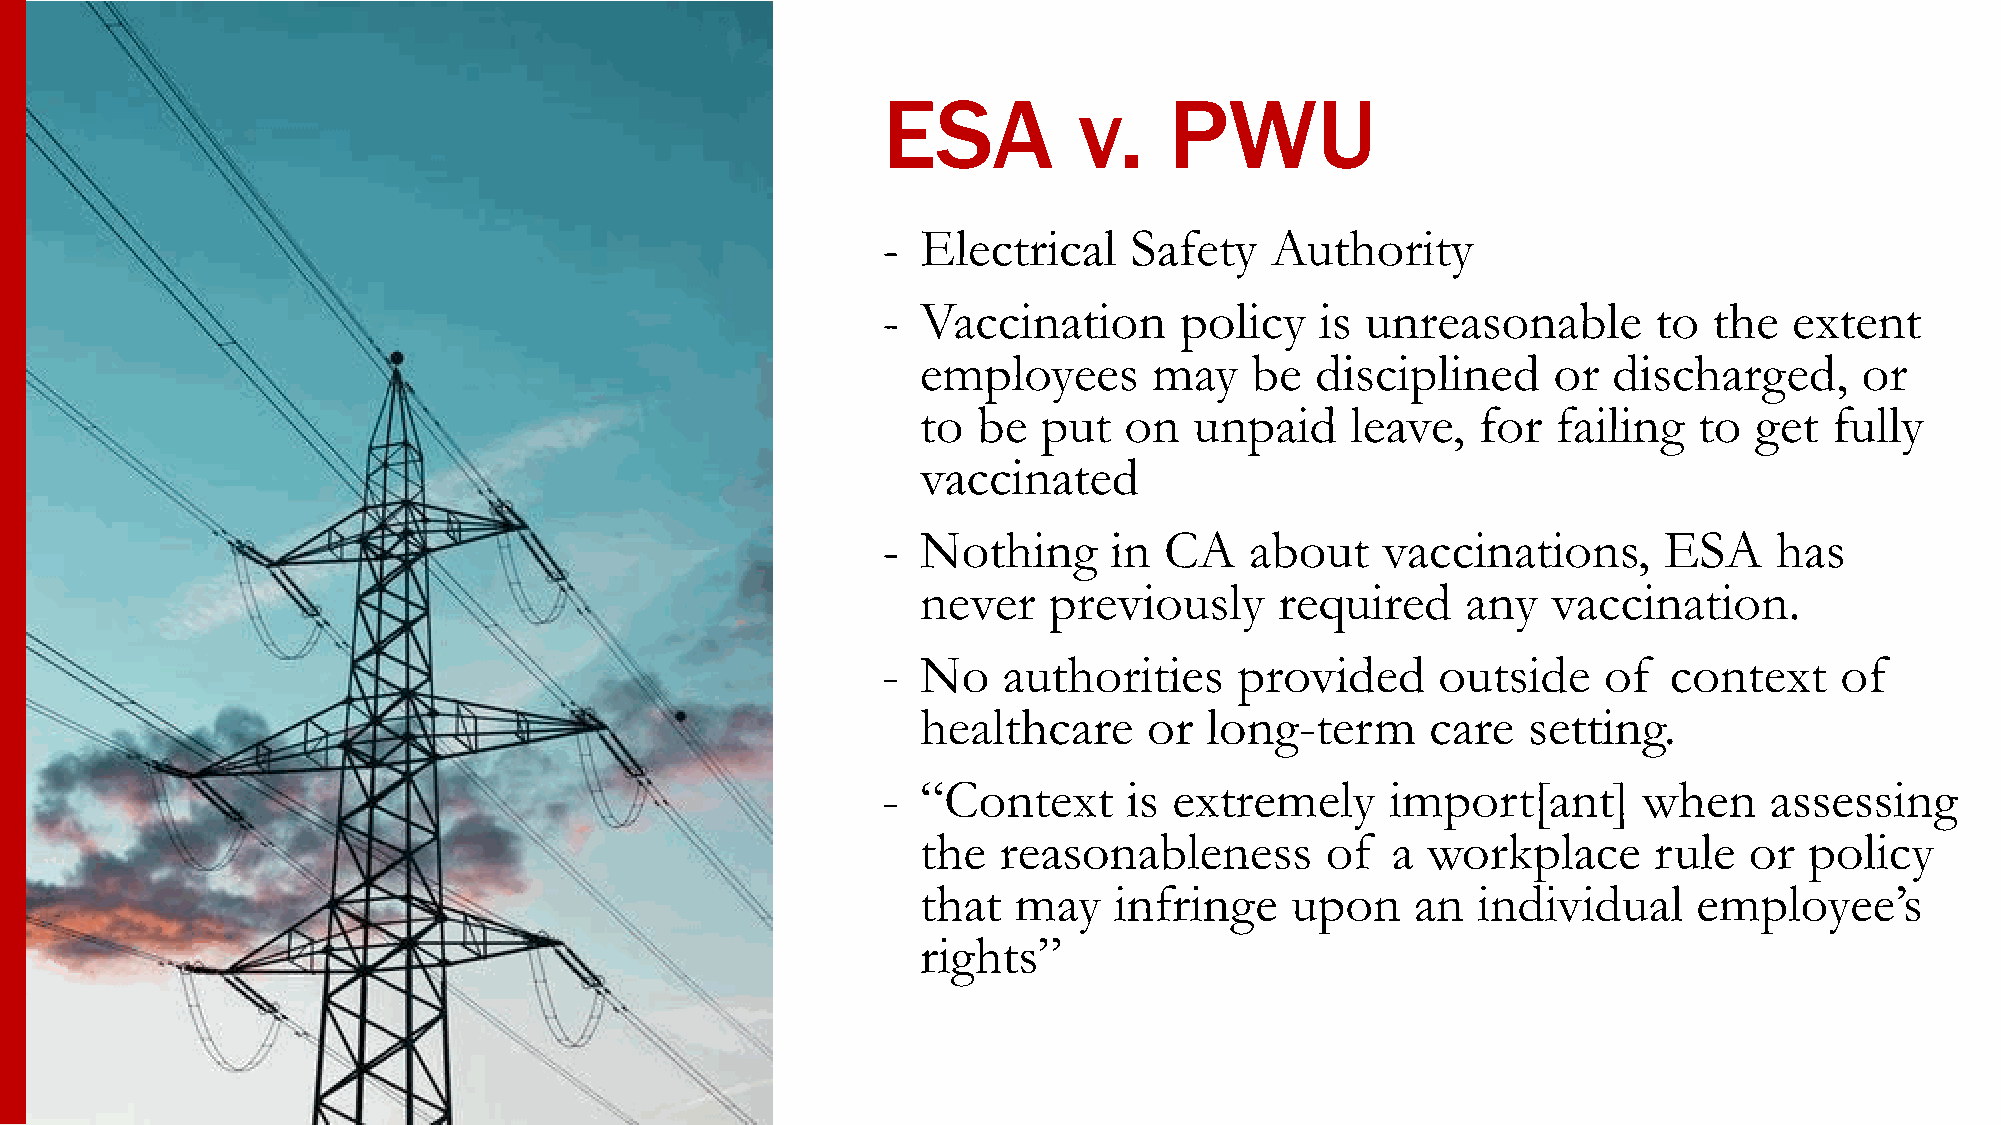
ESA          v.    PWU
 -  Electrical    Safety   Authority
 -  Vaccination      policy   is unreasonable        to the   extent
 employees      may    be  disciplined     or  discharged,     or
 to  be  put  on   unpaid    leave,   for  failing  to  get  fully
 vaccinated
 -  Nothing     in  CA    about   vaccinations,      ESA     has
 never   previously      required    any   vaccination.
 -  No   authorities     provided     outside    of  context     of
 healthcare     or  long-term      care  setting.
 -  “Context      is extremely     import[ant]      when    assessing
 the  reasonableness        of  a workplace      rule   or  policy
 that  may    infringe   upon     an  individual    employee’s
 rights”